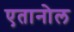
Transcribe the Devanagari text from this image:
एतानोल